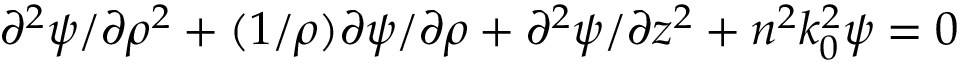
\partial ^ { 2 } \psi / \partial \rho ^ { 2 } + ( 1 / \rho ) \partial \psi / \partial \rho + \partial ^ { 2 } \psi / \partial z ^ { 2 } + n ^ { 2 } k _ { 0 } ^ { 2 } \psi = 0